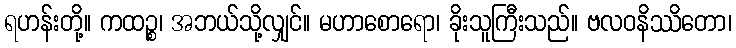
ရဟန်းတို့။ ကထဉ္စ၊ အဘယ်သို့လျှင်။ မဟာစောရော၊ ခိုးသူကြီးသည်။ ဗလဝနိဿိတော၊